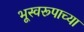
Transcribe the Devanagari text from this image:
भूस्वरूपाच्या